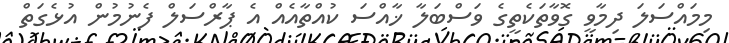
މިމައްސަލަ ދިމާވީ ގޮވާތަކެތީގެ ވަސްބަލާ ޚާއްސަ ކުއްތާއެއް އެ ޕާރްސަލް ފެނުމުން އުޅެގަތް